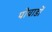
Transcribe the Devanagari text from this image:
पोवाडों